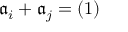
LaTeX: { \mathfrak { a } } _ { i } + { \mathfrak { a } } _ { j } = ( 1 )